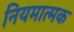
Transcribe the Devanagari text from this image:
नियमात्मक